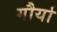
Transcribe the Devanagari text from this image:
गौर्या